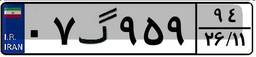
۰۷گ۹۵۹۹۴